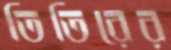
তিতিরের